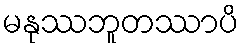
မနုဿဘူတဿာပိ